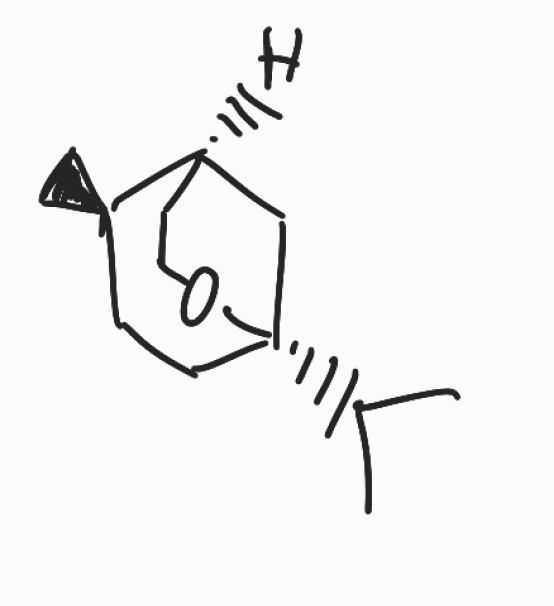
Simplified molecular-input line-entry system (SMILES) notation of the given molecule:
C[C@@H]1CC[C@@]2(C[C@H]1CO2)C(C)C